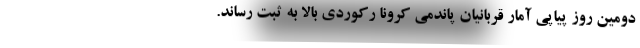
دومین روز پیاپی آمار قربانیان پاندمی کرونا رکوردی بالا به ثبت رساند.